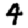
Digit: 4